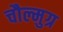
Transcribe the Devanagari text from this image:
चौल्मुग्र